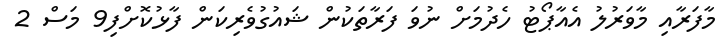
މާފަރާއި މާވަރުލު އެއާޕޯޓު ހެދުމަށް ނުވަ ފަރާތަކުން ޝައުގުވެރިކަން ފާޅުކޮށްފި9 މަސް 2